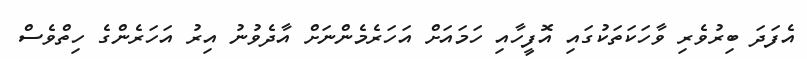
އެފަދަ ބިރުވެރި ވާހަކަތަކުގައި އޮފީހާއި ހަމައަށް އަހަރެމެންނަށް އާދެވުނު އިރު އަހަރެންގެ ހިތްވެސް